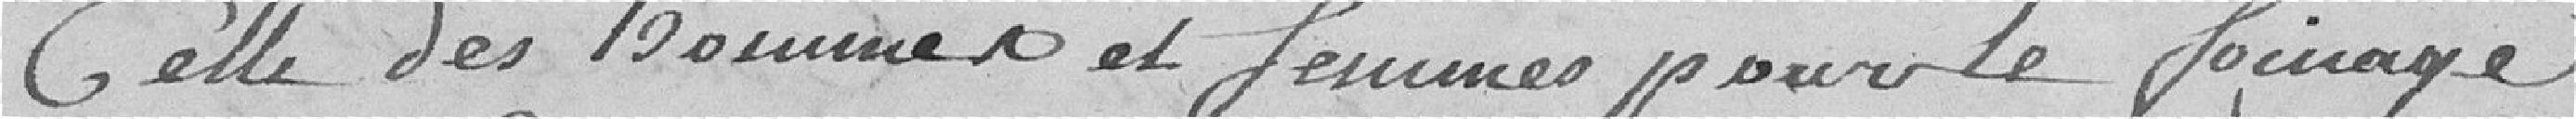
Celle des hommes et femmes, pour le foinage